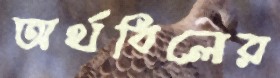
অর্থবিলের